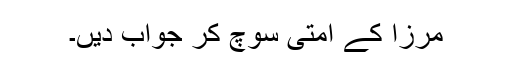
مرزا کے امتی سوچ کر جواب دیں۔